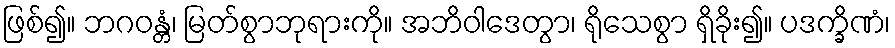
ဖြစ်၍။ ဘဂဝန္တံ၊ မြတ်စွာဘုရားကို။ အဘိဝါဒေတွာ၊ ရိုသေစွာ ရှိခိုး၍။ ပဒက္ခိဏံ၊